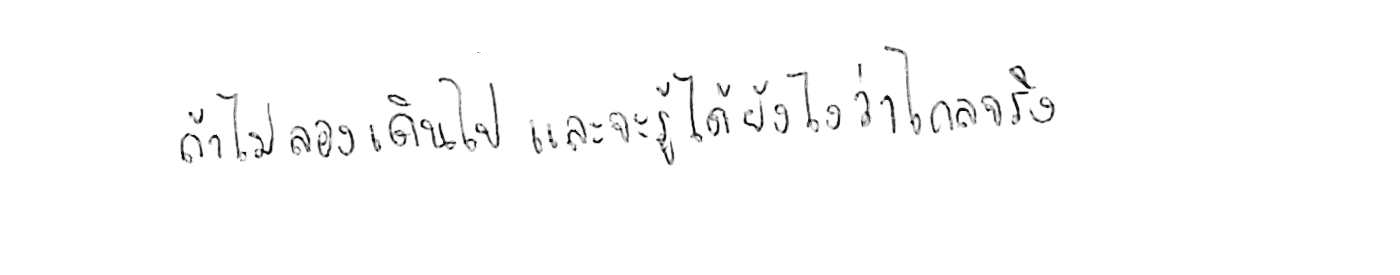
ถ้าไม่ลองเดินไป แล้วจะรู้ได้ยังไงว่าไกลจริง